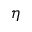
\eta